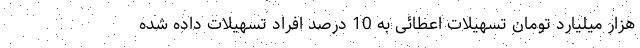
هزار میلیارد تومان تسهیلات اعطائی به 10 درصد افراد تسهیلات داده شده